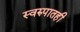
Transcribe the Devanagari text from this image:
स्वरुपातही